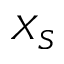
X _ { S }